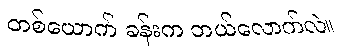
တစ်ယောက် ခန်းက ဘယ်လောက်လဲ။